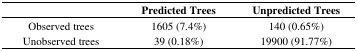
|  | Predicted Trees | Unpredicted Trees |
 | --- | --- | --- |
 | Observed trees | 1605 (7.4%) | 140 (0.65%) |
 | Unobserved trees | 39 (0.18%) | 19900 (91.77%) |